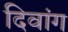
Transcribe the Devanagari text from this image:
दिवांग